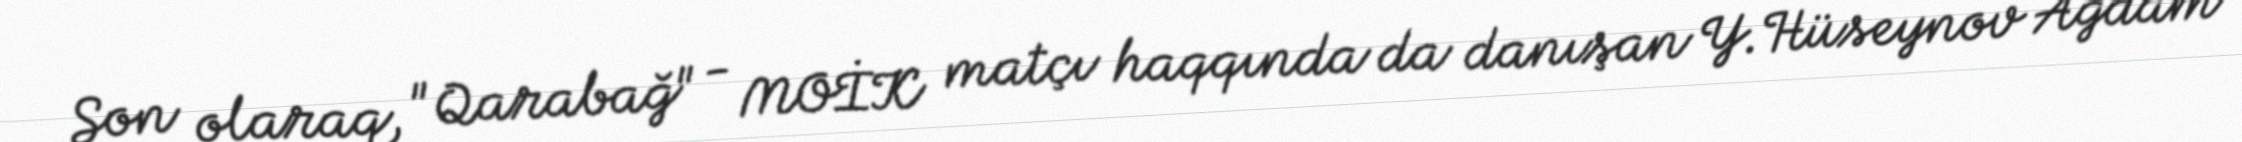
Son olaraq, "Qarabağ" - MOİK matçı haqqında da danışan Y.Hüseynov Ağdam